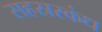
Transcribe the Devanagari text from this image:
सहस्रस्कंध